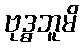
ဗုဒ္ဓဘူမိ